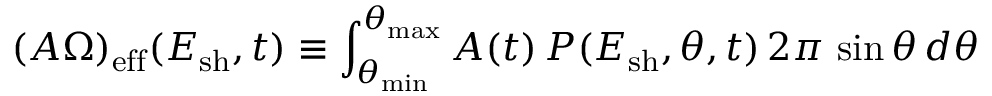
( A \Omega ) _ { \mathrm { e f f } } ( E _ { \mathrm { s h } } , t ) \equiv \int _ { \theta _ { \mathrm { m i n } } } ^ { \theta _ { \mathrm { m a x } } } A ( t ) \, { \cal P } ( E _ { \mathrm { s h } } , \theta , t ) \, 2 \pi \, \sin \theta \, d \theta